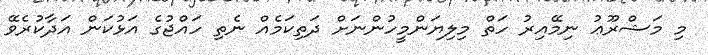
މި މަޝްރޫޢު ނިމޭއިރު ހަތް މިލިޔަންމީހުންނަށް ދަތިކަމެއް ނެތި ހައްޖުގެ އަޅުކަން އަދާކުރެވޭ